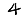
Digit: 4